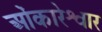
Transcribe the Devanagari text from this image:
ओंकारेश्वार